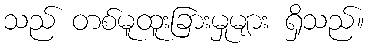
သည် တစ်မူထူးခြားမှုများ ရှိသည်။